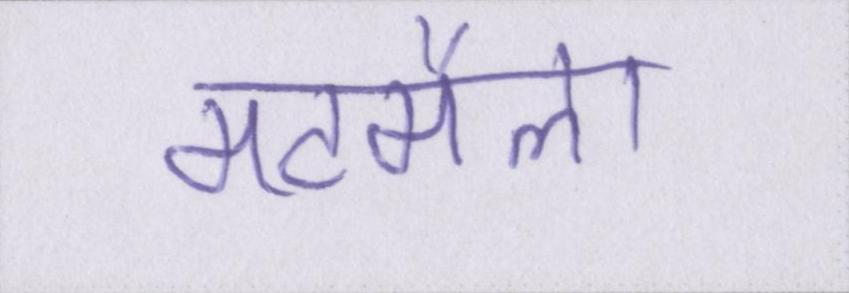
मटमैला